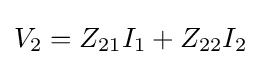
V_{2}=Z_{21}I_{1}+Z_{22}I_{2}